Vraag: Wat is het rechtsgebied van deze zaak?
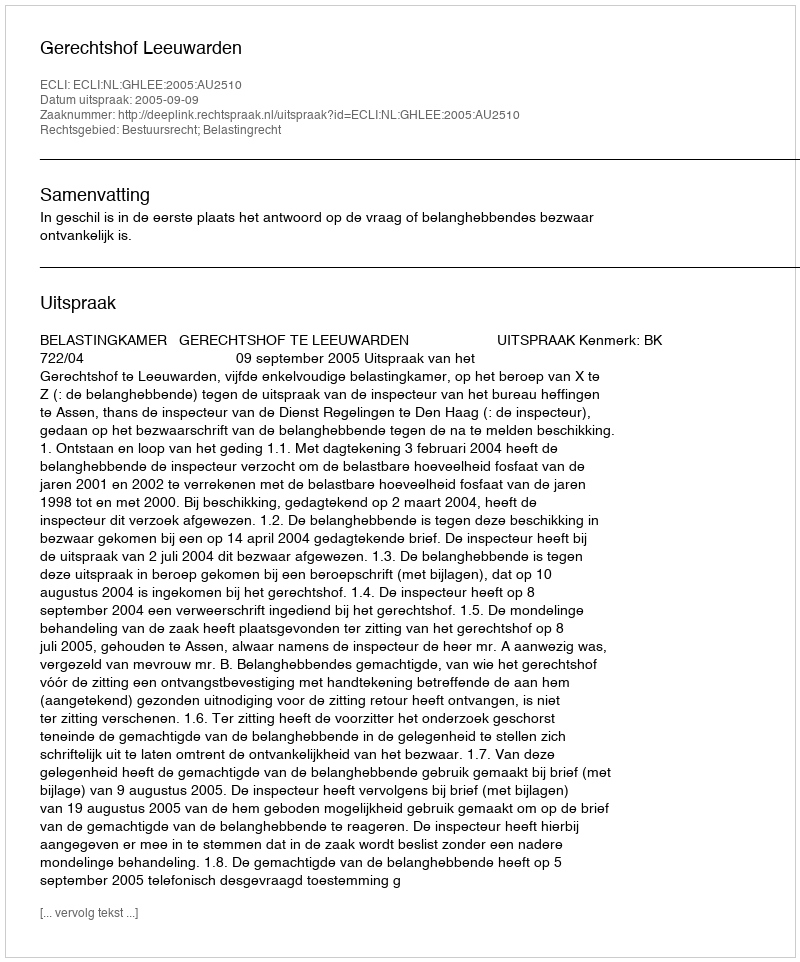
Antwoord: Bestuursrecht; Belastingrecht